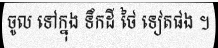
ចូល ទៅក្នុង ទឹកដី ថៃ ទៀតផង ។